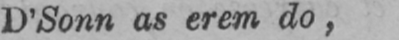
D’Sonn as erem do,